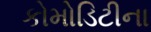
કોમોડિટીના